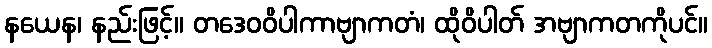
နယေန၊ နည်းဖြင့်။ တဒေဝဝိပါကာဗျာကတံ၊ ထိုဝိပါတ် အဗျာကတကိုပင်။